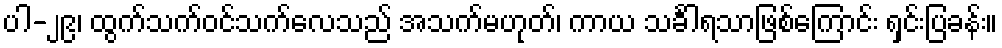
ပါ-၂၉၊ ထွက်သက်ဝင်သက်လေသည် အသက်မဟုတ်၊ ကာယ သင်္ခါရသာဖြစ်ကြောင်း ရှင်းပြခန်း။